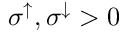
\sigma ^ { \uparrow } , \sigma ^ { \downarrow } > 0